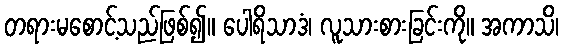
တရားမစောင့်သည်ဖြစ်၍။ ပေါရိသာဒံ၊ လူသားစားခြင်းကို။ အကာသိ၊